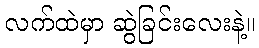
လက်ထဲမှာ ဆွဲခြင်းလေးနဲ့။